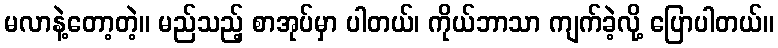
မလာနဲ့တော့တဲ့။ မည်သည့် စာအုပ်မှာ ပါတယ်၊ ကိုယ်ဘာသာ ကျက်ခဲ့လို့ ပြောပါတယ်။